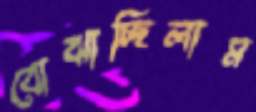
বোঝাচ্ছিলাম